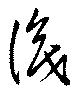
識